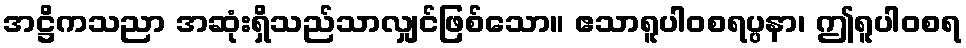
အဋ္ဌိကသညာ အဆုံးရှိသည်သာလျှင်ဖြစ်သော။ ဧသာရူပါဝစရပ္ပနာ၊ ဤရူပါဝစရ